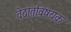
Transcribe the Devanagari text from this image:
वेदांतविषयक